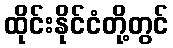
ထိုင်းနိုင်ငံတို့တွင်